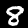
Label: 8